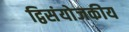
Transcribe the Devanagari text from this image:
द्विसंयोजकीय